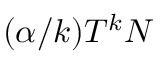
( \alpha / k ) T ^ { k } { \cal N }